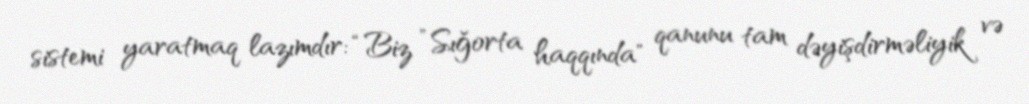
sistemi yaratmaq lazımdır: “Biz ”Sığorta haqqında" qanunu tam dəyişdirməliyik və